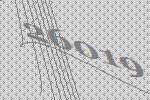
26019